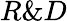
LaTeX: R\& D